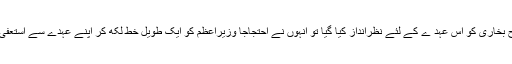
ایڈمرل فصیح بخاری کو اس عہد ے کے لئے نظرانداز کیا گیا تو انہوں نے احتجاجاً وزیراعظم کو ایک طویل خط لکھ کر اپنے عہدے سے استعفیٰ دے دیا تھا۔